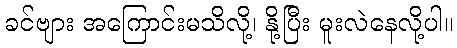
ခင်ဗျား အကြောင်းမသိလို့၊ နို့ပြီး မူးလဲနေလို့ပါ။